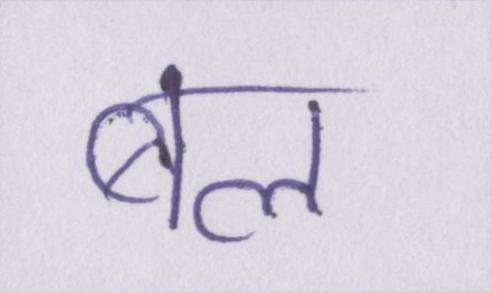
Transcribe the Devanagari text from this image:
बल